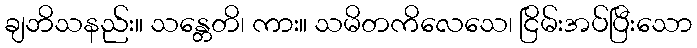
ချဘိသနည်း။ သန္တေတိ၊ ကား။ သမိတကိလေသေ၊ ငြိမ်းအပ်ပြီးသော